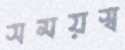
সময়স্ব